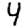
Digit: 4